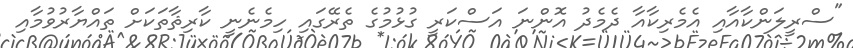
"ސްރީލަންކާއާއި އެމެރިކާއާ ދެމެދު އޮންނަ އަސްކަރީ ގުޅުމުގެ ތެރޭގައި ހިމެނެނީ ކާރިޘާތަކަށް ތައްޔާރުވުމާއި